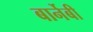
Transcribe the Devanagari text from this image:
बार्नेबी